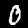
Digit: 0